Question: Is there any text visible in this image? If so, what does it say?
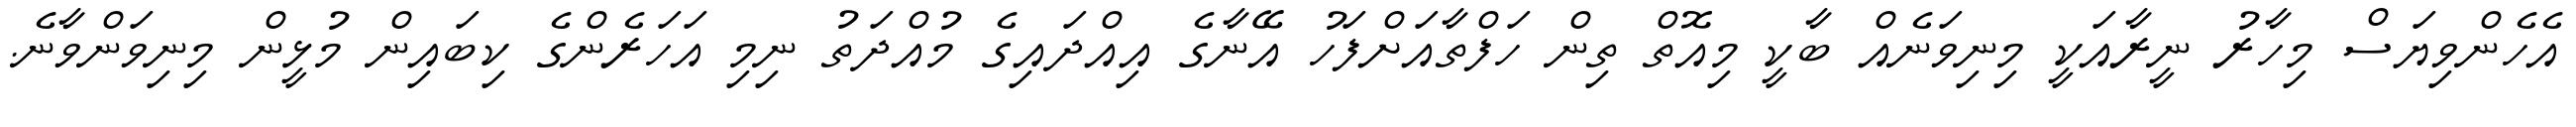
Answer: އެހެންވިޔަސް މިހާރު ނީރާއަކީ މިނިވަނެއް ބާކީ މިއޮތް ތިން ހަފްތާއަށްފަހު އޭނާގެ އިއްދައިގެ މުއްދަތު ނިމި އަހަރެންގެ ކިބައިން މުޅީން މިނިވަންވާނެ.